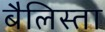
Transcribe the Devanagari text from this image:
बैलिस्ता